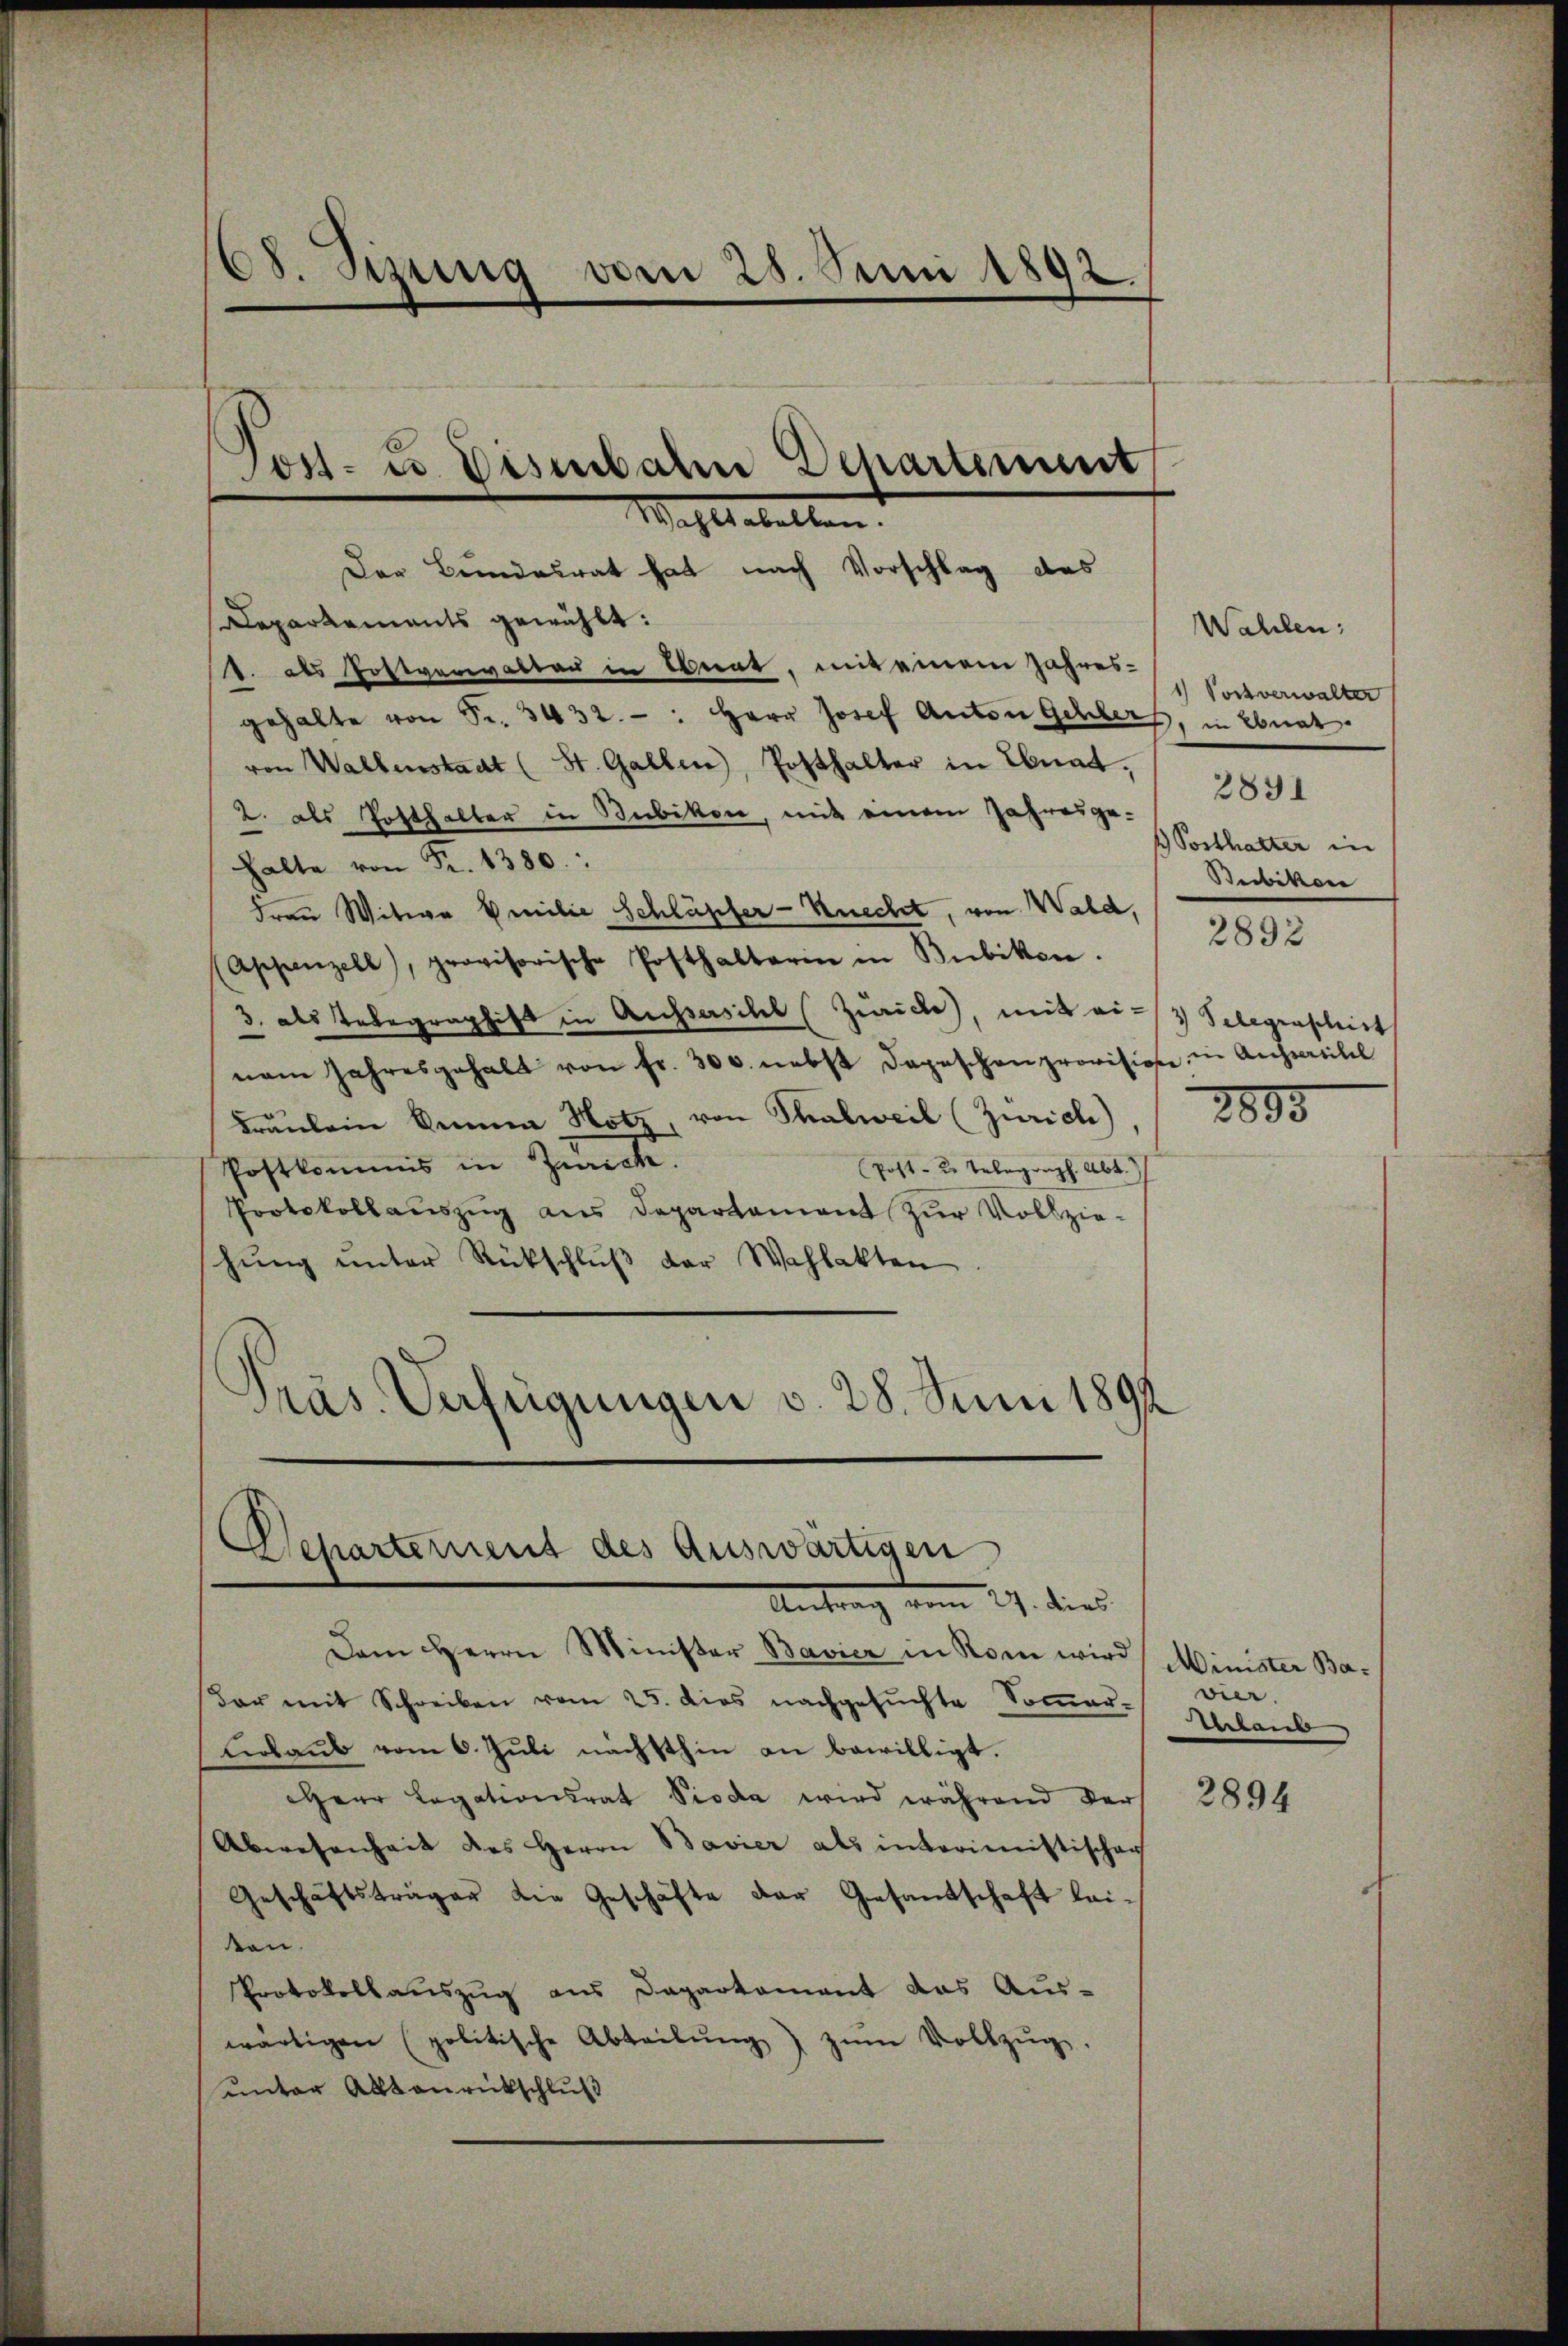
08. Sitzung vom 28. Juni 1892.

Post. Es Disibale Departement
Wachtebelten.

Der Bundesrat hat nach Vorschlag des
Departements gewählt:
1. als Postverwalten in Berat, mit einem Jahres-
gehalte von Fr. 3432: Herr Josef Anton Schlers, in Ebnat.
von Wallenstadt (St. Gallen, Posthalter in Ebnat.
2. als Posthalter in Bubikon, mit einem Jahresgehalte von Fr. 1380:
Frau Witwe Emilie Schlüpfer- Knecht, von Wald,
(Appenzell), provisorische Posthalterin in Bubikon.
3. als Telegraphist in Aussersihl (Zürich, mit einam Jahresgehalt von fr. 300. nebst dageschon provision in Aussartitel
Fräulein Sinne Notz, von Thalweil (Zürich)
Postkommis in Zürch.
Post- u. Telegraph. Abt.)
Protokollaŭszŭg aŭs Departament zŭr Vollzie-
hŭng ŭnter Rückschlŭβ der Wahlakten

Pras. Verfügungen v. 28. Juni 1891

Departement des Auswärtigen
Antrag vom 27. dies

Dem Herrn Minister Bavier in Rom wird Minister Badar mit Schreiben vom 25. dies nachgesŭchte Soṁer- vier.
Erlaub vom 6. Juli nächsthin an bewilligt.
Herr Legationsrat Pioda wird während der
Abwesenheit des Herrn Bavier als interimistischer
Geschäftsträger die Geschäfte der Gesandschaft leiten.
Protokollauszug aus Departement das Aus-
wärtigen (politische Abteilŭng zŭm Vollzŭg.
unter Alltanrückschluß

Wahlen:
1) Pochverwalter
2891
 Posthalter in
Bebikon

2892

3) Telegraschist

2895

Verlaub

2894